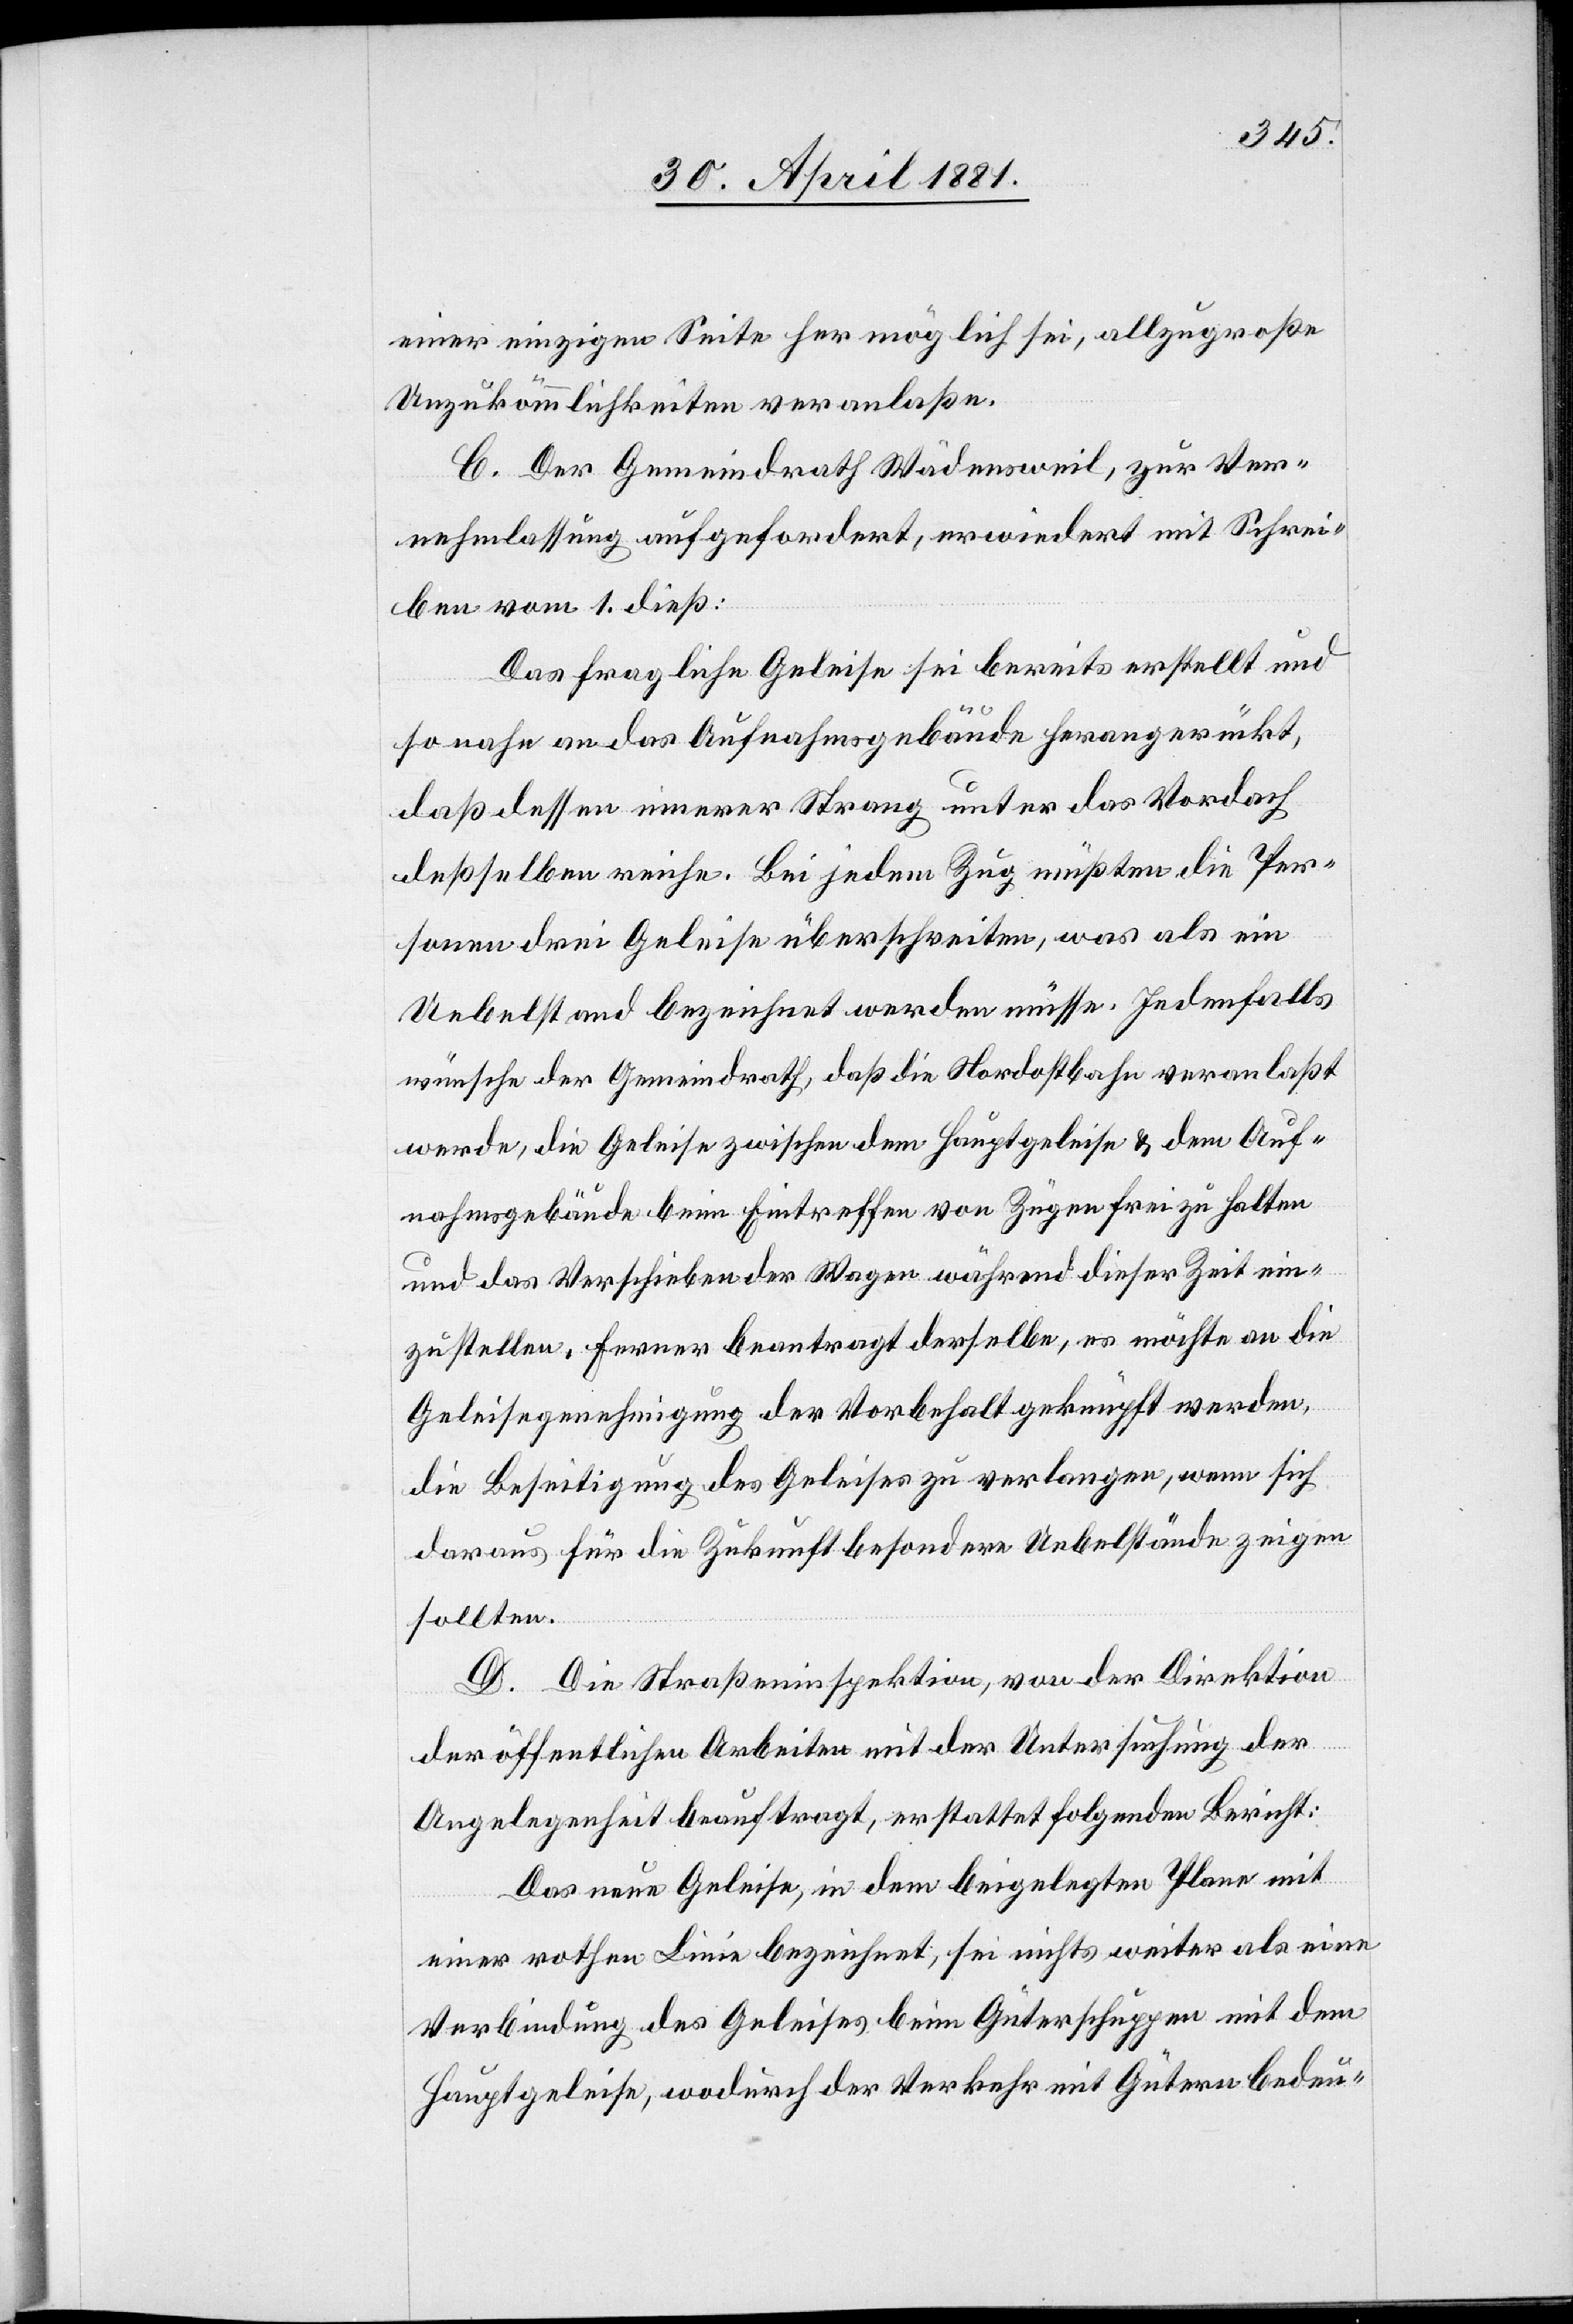
einer einzigen Seite her möglich sei, allzugroße
Unzukömmlichkeiten veranlaße.
C. Der Gemeindrath Wädensweil, zur Ver¬
nehmlassung aufgefordert, erwidert mit Schrei¬
ben vom 1. dieß:
Das fragliche Geleise sei bereits erstellt und
so nahe an das Aufnahmsgebäude herangerückt,
daß dessen innerer Strang unter das Vordach
deßselben reiche. Bei jedem Zug müßten die Per¬
sonen drei Geleise überschreiten, was als ein
Uebelstand bezeichnet werden müsse. Jedenfalls
wünsche der Gemeindrath, daß die Nordostbahn veranlaßt
werde, die Geleise zwischen dem Hauptgeleise & dem Auf¬
nahmsgebäude beim Eintreffen von Zügen frei zu halten
und das Verschieben der Wagen während dieser Zeit ein¬
zustellen, ferner beantragt derselbe, es möchte an die
Geleisegenehmigung der Vorbehalt geknüpft werden,
die Beseitigung des Geleises zu verlangen, wenn sich
daraus für die Zukunft besondere Uebelstände zeigen
sollten.
D. Die Straßeninspektion, von der Direktion
der öffentlichen Arbeiten mit der Untersuchung der
Angelegenheit beauftragt, erstattet folgenden Bericht:
Das neue Geleise, in dem beigelegten Plan mit
einer rothen Linie bezeichnet, sei nichts weiter als eine
Verbindung des Geleises beim Güterschuppen mit dem
Hauptgeleise, wodurch der Verkehr mit Gütern bedeu-